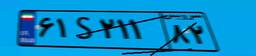
۸۶S۹۱۷۲۰